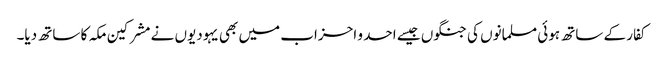
کفار کے ساتھ ہوئی مسلمانوں کی جنگوں جیسے احد و احزاب میں بھی یہودیوں نے مشرکین مکہ کا ساتھ دیا۔